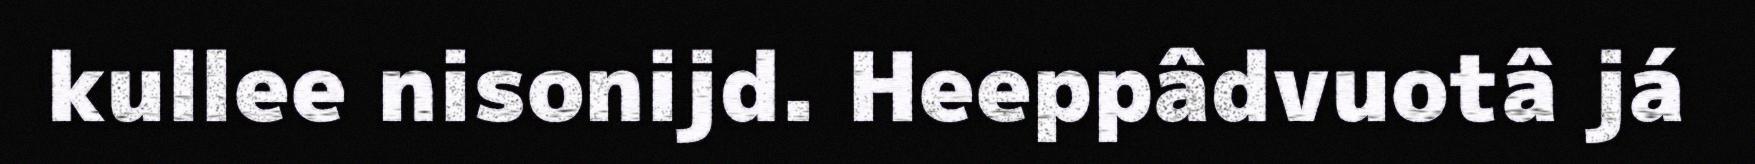
kullee nisonijd. Heeppâdvuotâ já